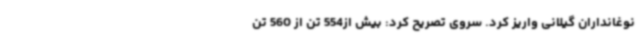
نوغانداران گیلانی واریز کرد. سروی تصریح کرد: بیش از554 تن از 560 تن